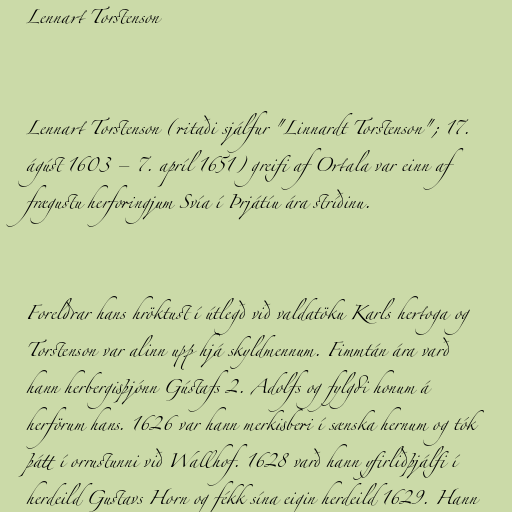
Lennart Torstenson

Lennart Torstenson (ritaði sjálfur "Linnardt Torstenson"; 17.
ágúst 1603 – 7. apríl 1651) greifi af Ortala var einn af
frægustu herforingjum Svía í Þrjátíu ára stríðinu.

Foreldrar hans hröktust í útlegð við valdatöku Karls hertoga og
Torstenson var alinn upp hjá skyldmennum. Fimmtán ára varð
hann herbergisþjónn Gústafs 2. Adolfs og fylgdi honum á
herförum hans. 1626 var hann merkisberi í sænska hernum og tók
þátt í orrustunni við Wallhof. 1628 varð hann yfirliðþjálfi í
herdeild Gustavs Horn og fékk sína eigin herdeild 1629. Hann